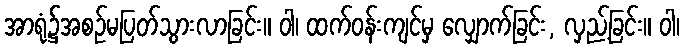
အာရုံ၌အစဉ်မပြတ်သွားလာခြင်း။ ဝါ၊ ထက်ဝန်းကျင်မှ လျှောက်ခြင်း, လှည့်ခြင်း။ ဝါ၊